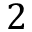
2